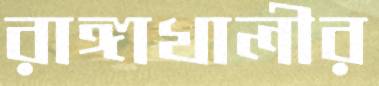
রাঙ্গাখালীর